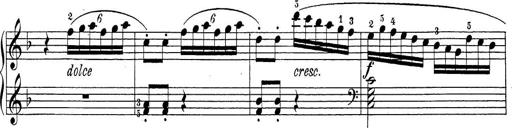
Title: Sonatina Album
Composer: Louis KÃ¶hler